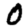
Digit: 0